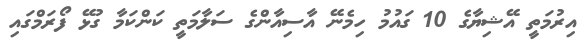
އިރުމަތީ އޭޝިޔާގެ 10 ގައުމު ހިމެނޭ އާސިއާންގެ ސަލާމަތީ ކަންކަމާ ގުޅޭ ފޯރަމްގައި